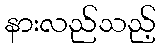
နားလည်သည့်